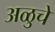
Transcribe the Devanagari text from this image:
अळुचे